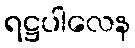
ရဋ္ဌပါလေန